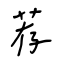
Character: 荐